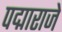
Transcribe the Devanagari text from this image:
पद्माराजे